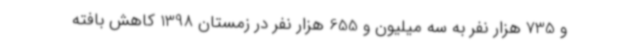
و 735 هزار نفر به سه میلیون و 655 هزار نفر در زمستان 1398 کاهش بافته